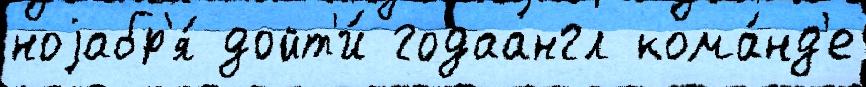
ноjабр'я́ дойт'и́ годаангл кома́нд'е